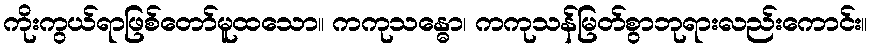
ကိုးကွယ်ရာဖြစ်တော်မူထသော။ ကကုသန္ဓော၊ ကကုသန်မြတ်စွာဘုရားလည်းကောင်း။